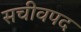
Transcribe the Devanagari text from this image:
सचीवपद